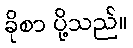
ခိုစာ ပို့သည်။